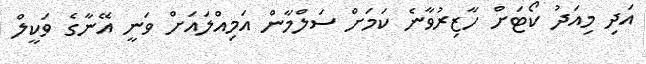
އަދި މިއަދު ކޯޓަށް ހާޒިރުވާނެ ކަމަށް ސަލްމާން އަމިއްލައަށް ވަނީ އޭނާގެ ވަކީލް